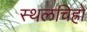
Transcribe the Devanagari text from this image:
स्थलचिह्रों